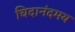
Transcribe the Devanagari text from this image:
चिदानंदमय